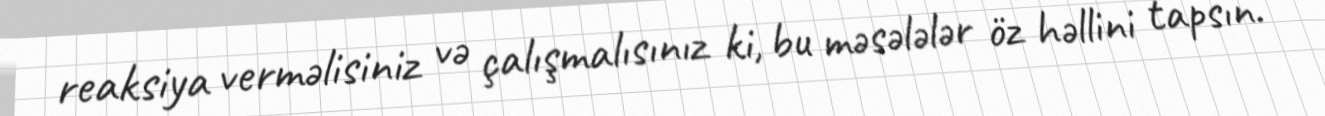
reaksiya verməlisiniz və çalışmalısınız ki, bu məsələlər öz həllini tapsın.